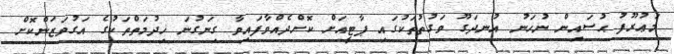
މަޢުރޫފު ޙުސައިން ނުހަނު އުނދަގޫ ވަގުތުތަކުގައި ޕާޓީއަށް ކޮށްދެއްވާފައިވާ ގިނަގުނަ ޚިދުމަތްތަކުގެ އަގުވަޒަންކޮށް